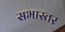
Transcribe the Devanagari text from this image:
सभास्तर